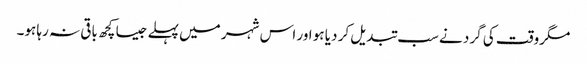
مگروقت کی گرد نے سب تبدیل کر دیا ہو اور اس شہر میں پہلے جیسا کچھ باقی نہ رہا ہو۔